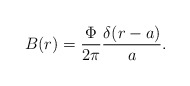
\begin{align*}B(r) = \displaystyle\frac{\Phi}{2\pi} \displaystyle\frac{\delta (r -a)}{a}.\end{align*}